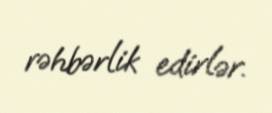
rəhbərlik edirlər.